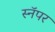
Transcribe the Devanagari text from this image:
स्नॅपर